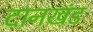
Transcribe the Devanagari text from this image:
दानखंड